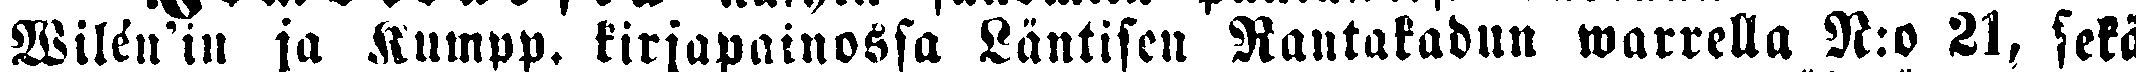
Wilén'in ja Kumpp. kirjapainossa Läntisen Rantakadun warrella N:o 21, sekä